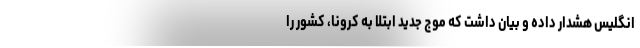
انگلیس هشدار داده و بیان داشت که موج جدید ابتلا به کرونا، کشور را